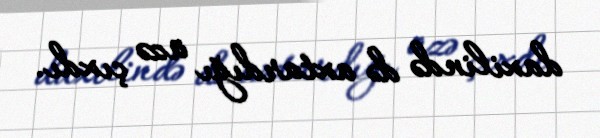
daxilində də axtardığı üzə çıxdı.